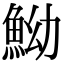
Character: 䱂